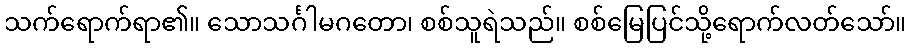
သက်ရောက်ရာ၏။ သောသင်္ဂါမဂတော၊ စစ်သူရဲသည်။ စစ်မြေပြင်သို့ရောက်လတ်သော်။